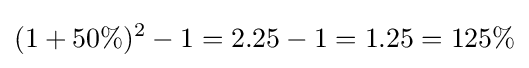
(1+50\%)^{2}-1=2.25-1=1.25=125\%